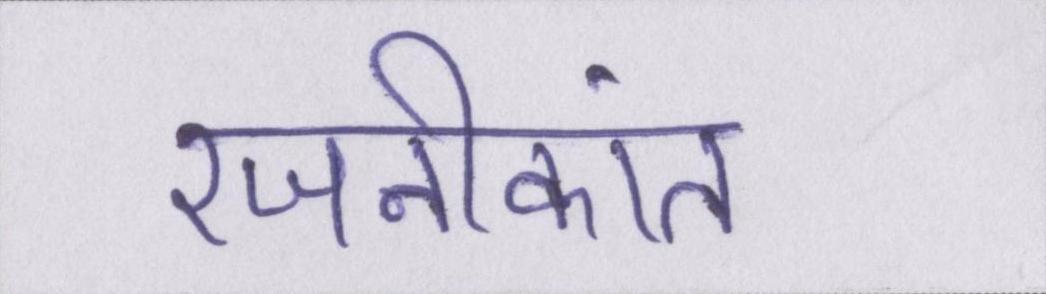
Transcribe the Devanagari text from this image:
रजनीकांत